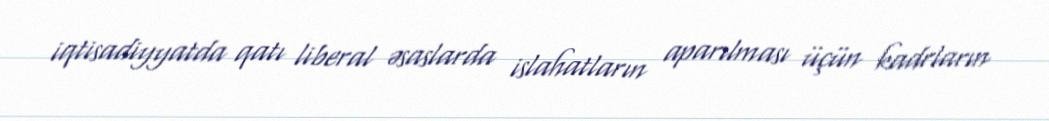
iqtisadiyyatda qatı liberal əsaslarda islahatların aparılması üçün kadrların